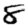
Digit: 8